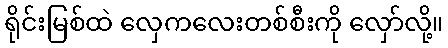
ရိုင်းမြစ်ထဲ လှေကလေးတစ်စီးကို လှော်လို့။